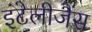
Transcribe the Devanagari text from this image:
इंटेलीजैंस